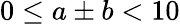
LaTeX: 0\leq a\pm b<10